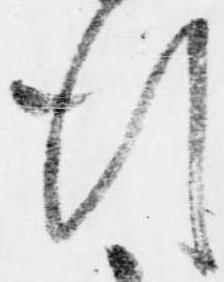
行